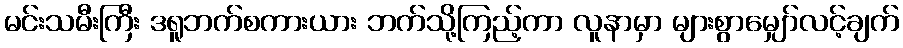
မင်းသမီးကြီး ဒရူဘက်စကားယား ဘက်သို့ကြည့်ကာ လူနာမှာ များစွာမျှော်လင့်ချက်